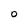
Character: O